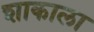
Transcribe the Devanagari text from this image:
शाकाला